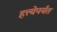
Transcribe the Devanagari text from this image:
हत्त्येपर्यंत